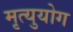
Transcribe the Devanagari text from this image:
मृत्युयोग